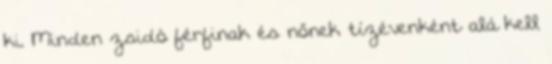
ki. Minden zsidó férfinak és nőnek tízévenként alá kell